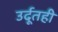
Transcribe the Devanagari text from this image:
उर्दूतही